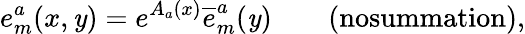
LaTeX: {e_{m}^{a}(x,\mathit{y})=e^{A_{a}(x)}\overline{{{{e}}}}_{m}^{a}(\mathit{y})\qquad\textrm{{(nosummation),}}}